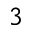
3